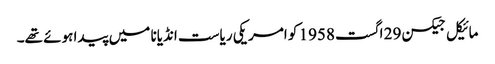
مائیکل جیکسن 29 اگست 1958 کو امریکی ریاست انڈیانا میں پیدا ہوئے تھے۔